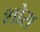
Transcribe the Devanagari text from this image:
शोस